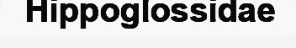
Hippoglossidae